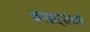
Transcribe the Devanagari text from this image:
करणाऱ्यांनाही